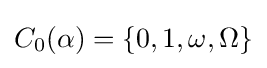
C_{0}(\alpha )=\{0,1,\omega ,\Omega \}